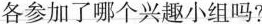
各参加了哪个兴趣小组吗？